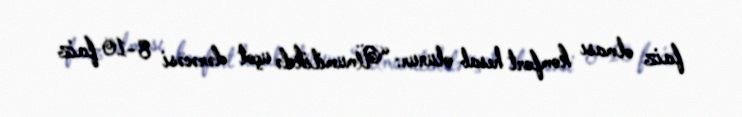
faiz olması komfort hesab olunur: “Ümumilikdə uçot dərəcəsi 8-10 faiz